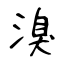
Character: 溴